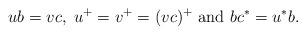
LaTeX: \begin{align*}ub = vc, \; u^+ = v^+ = (vc)^+ \mbox{ and } bc^* = u^*b. \end{align*}